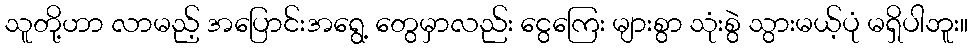
သူတို့ဟာ လာမည့် အပြောင်းအရွေ့ တွေမှာလည်း ငွေကြေး များစွာ သုံးစွဲ သွားမယ့်ပုံ မရှိပါဘူး။